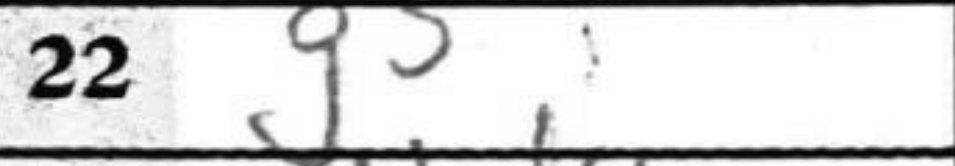
Transcription: g3